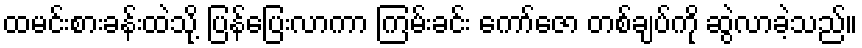
ထမင်းစားခန်းထဲသို့ ပြန်ပြေးလာကာ ကြမ်းခင်း ကော်ဇော တစ်ချပ်ကို ဆွဲလာခဲ့သည်။